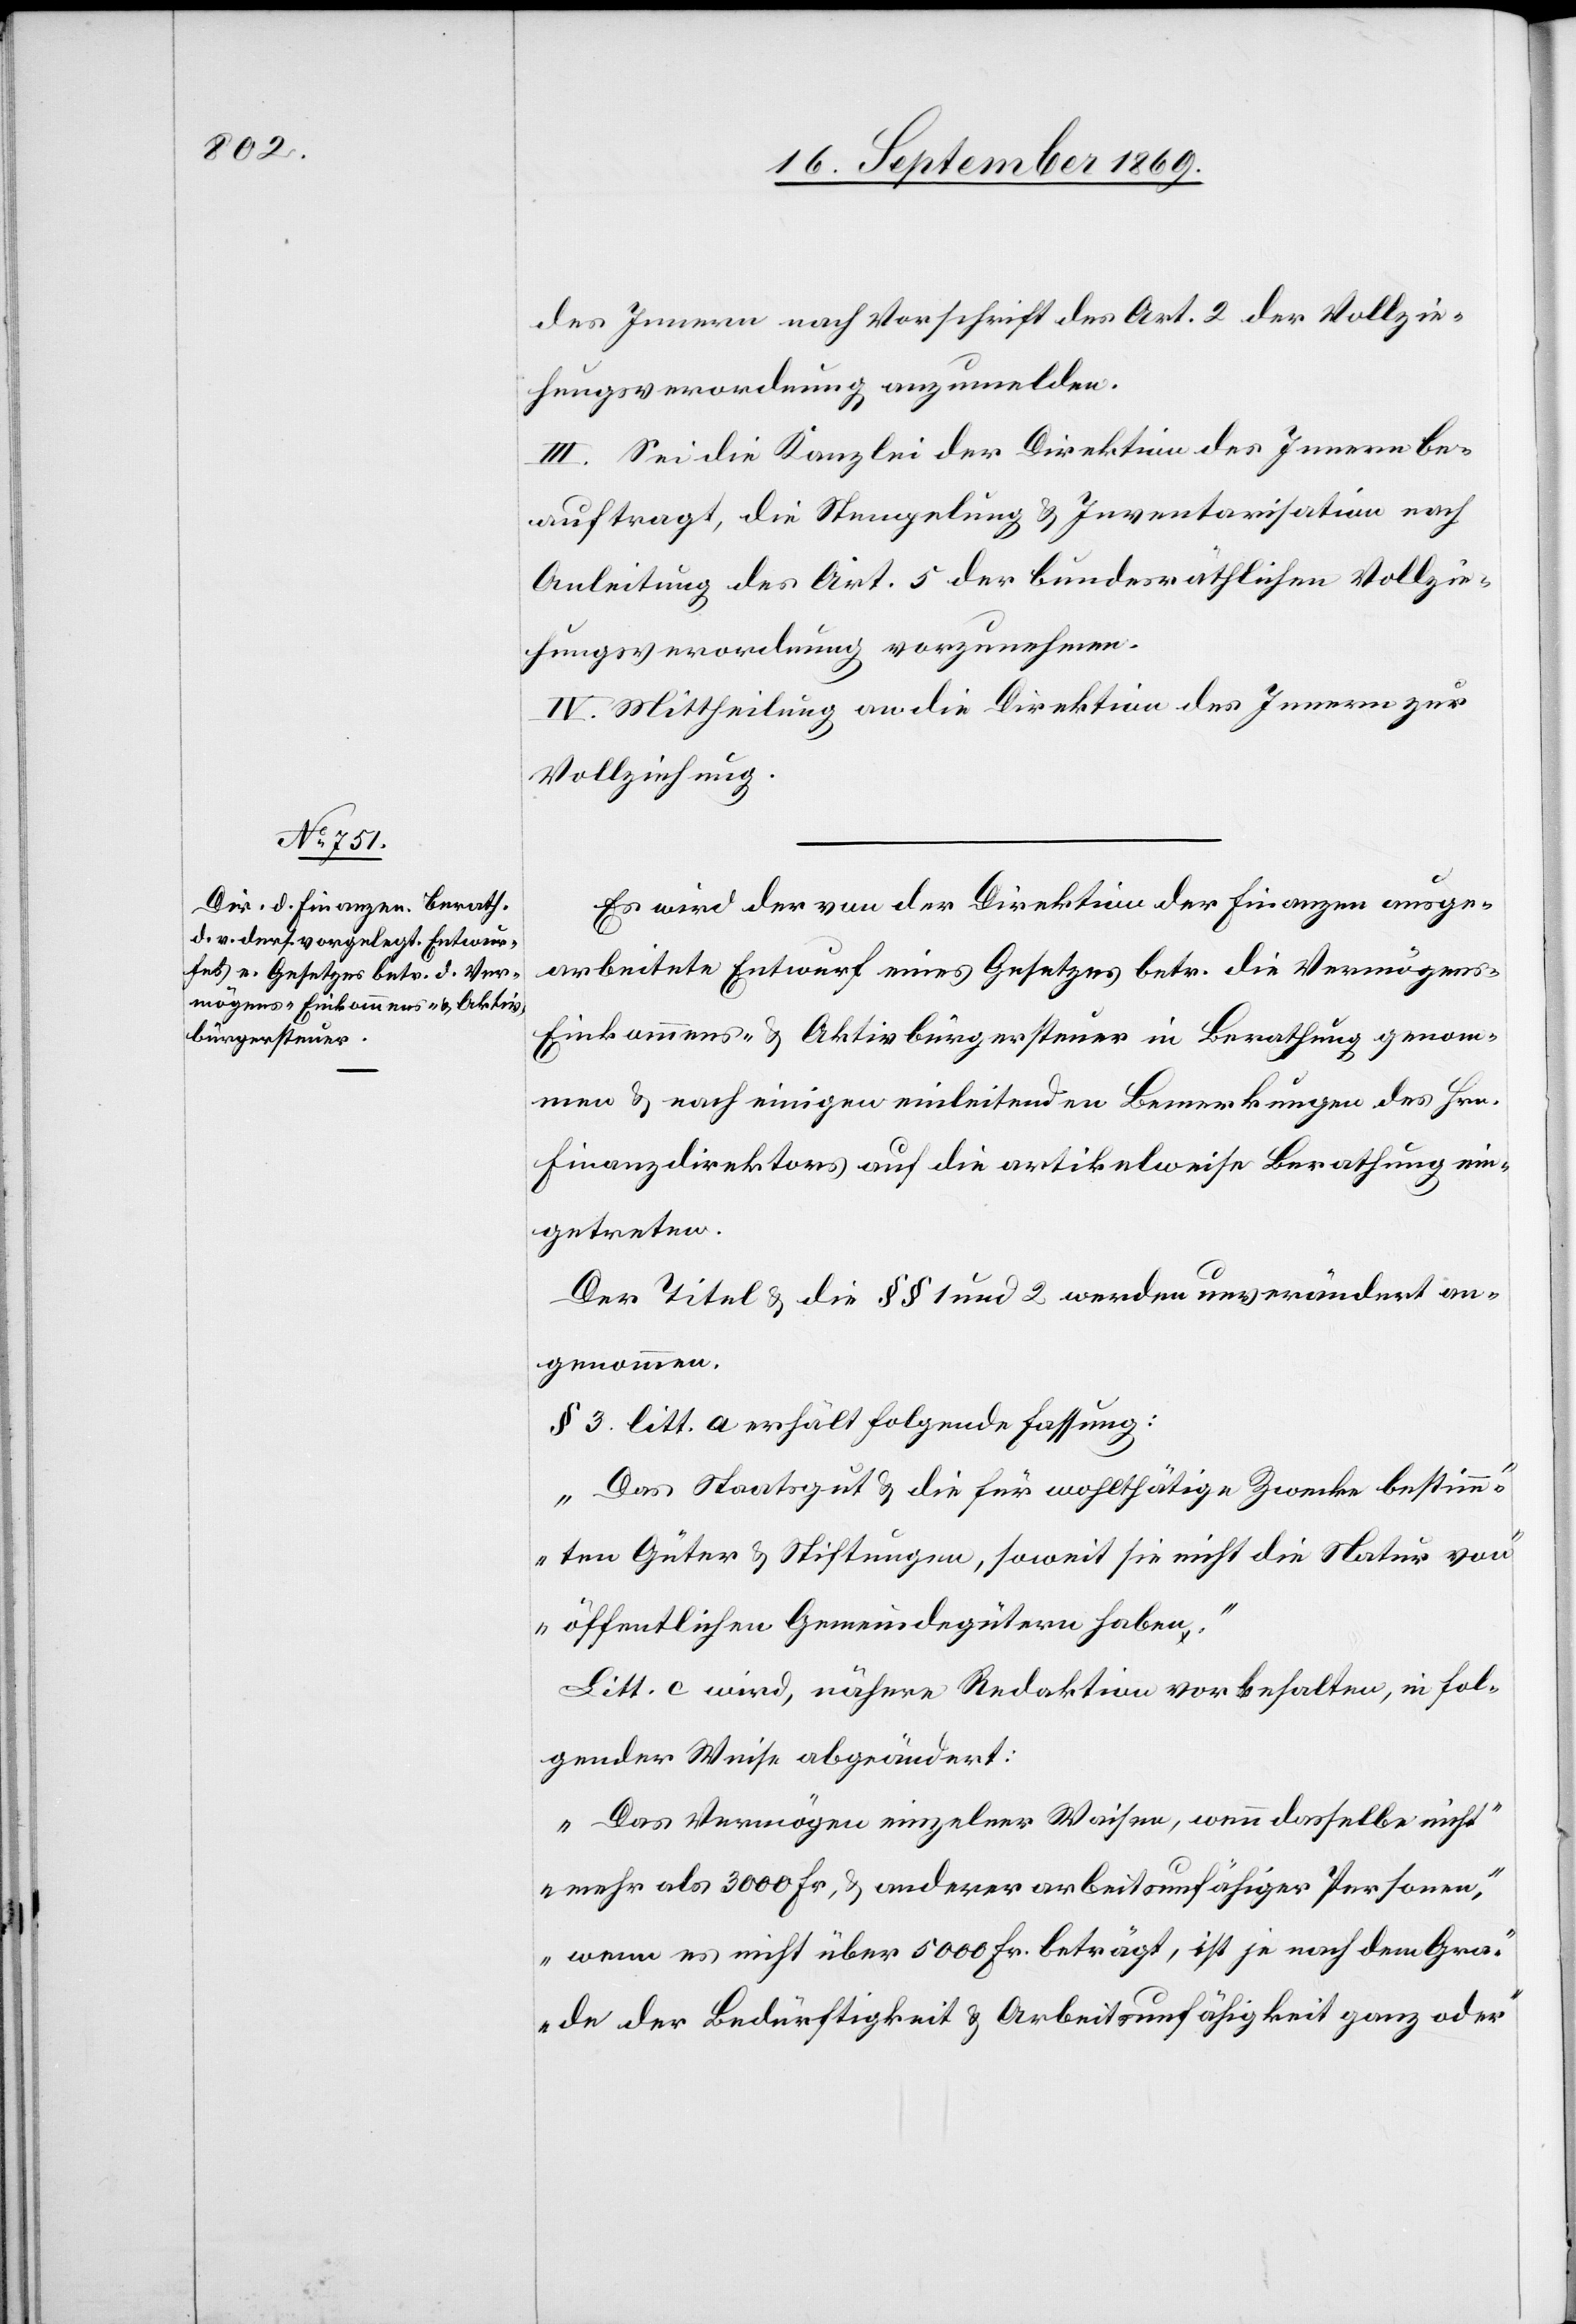
des Innern nach Vorschrift des Art. 2 der Vollzie¬
hungsverordnung anzumelden.
III. Sei die Kanzlei der Direktion des Innern be¬
auftragt, die Stempelung & Inventarisation nach
Anleitung des Art. 5 der bundesräthlichen Vollzie¬
hungsverordnung vorzunehmen.
IV. Mittheilung an die Direktion des Innern zur
Vollziehung.
Es wird der von der Direktion der Finanzen ausge¬
arbeitete Entwurf eines Gesetzes betr. die Vermögens-
Einkommens- & Aktivbürgersteuer in Berathung genom¬
men & nach einigen einleitenden Bemerkungen des Hrn.
Finanzdirektors auf die artikelweise Berathung ein¬
getreten.
Der Titel & die §§ 1 und 2 werden unverändert an¬
genommen.
§ 3 litt. a erhält folgende Fassung:
„Das Staatsgut & die für wohlthätige Zwecke bestimm¬
ten Güter & Stiftungen, soweit sie nicht die Natur von
öffentlichen Gemeindegütern haben.“
Litt. c wird, nähere Redaktion vorbehalten, in fol¬
gender Weise abgeändert:
„Das Vermögen einzelner Waisen, wenn dasselbe nicht
mehr als 3000 Fr., & anderer arbeitsunfähiger Personen,
wenn es nicht über 5000 Fr. beträgt, ist je nach dem Gra¬
de der Bedürftigkeit & Arbeitsunfähigkeit ganz oder